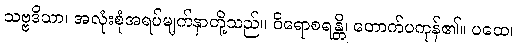
သဗ္ဗဒိသာ၊ အလုံးစုံအရပ်မျက်နှာတို့သည်။ ဝိရောစရန္တိ၊ တောက်ပကုန်၏။ ပထေ၊